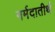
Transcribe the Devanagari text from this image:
नर्मदातीर्थ